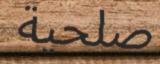
صلحية